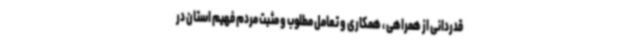
قدردانی از همراهی ، همکاری و تعامل مطلوب و مثبت مردم فهیم استان در